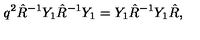
q ^ { 2 } \hat { R } ^ { - 1 } Y _ { 1 } \hat { R } ^ { - 1 } Y _ { 1 } = Y _ { 1 } \hat { R } ^ { - 1 } Y _ { 1 } \hat { R } ,